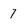
Character: 7